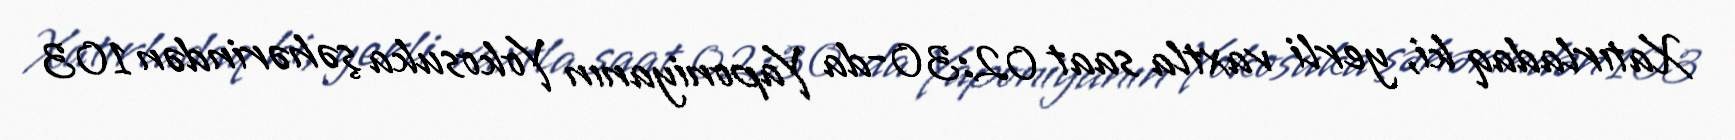
Xatırladaq ki, yerli vaxtla saat 02:30-da Yaponiyanın Yokosuka şəhərindən 103